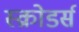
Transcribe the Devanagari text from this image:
स्क्रोडर्स